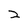
Character: 2